Code of medical and sanitary regulations for the guidance of medical officers serving in the Madras Presidency - Volume I
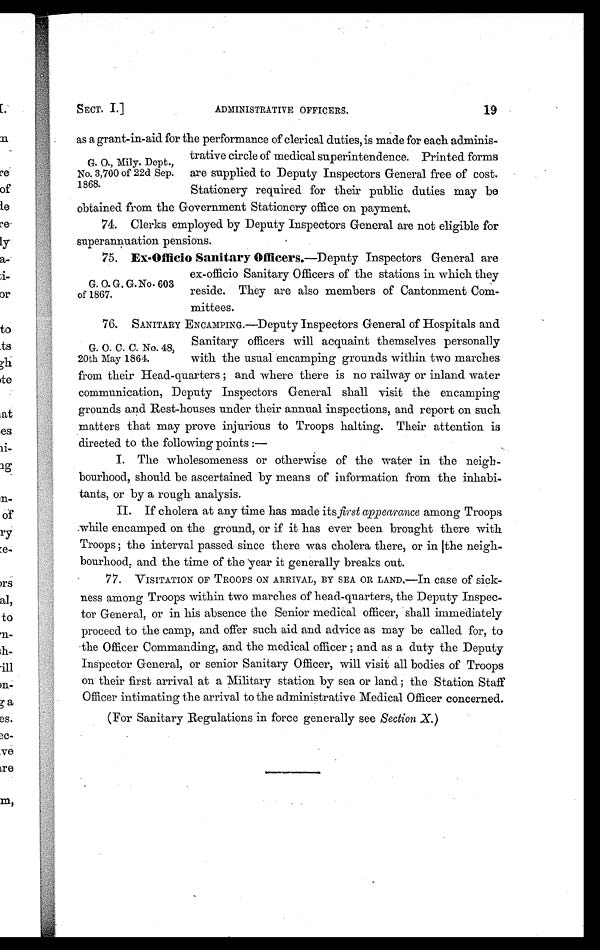
19
ADMINISTRATIVE OFFICERS.
SECT. I.]
as a grant-in-aid for the performance of clerical duties, is made for each adminis-
trative circle of medical superintendence. Printed forms
are supplied to Deputy Inspectors General free of cost.
Stationery required for their public duties may be
obtained from the Government Stationery office on payment.
74. Clerks employed by Deputy Inspectors General are not eligible for
superannuation pensions.
75. Ex-Officio Sanitary Officers.—Deputy Inspectors General are
ex-officio Sanitary Officers of the stations in which they
reside. They are also members of Cantonment Com-
m i t t e e s .
76. SANITARY ENCAMPING.—Deputy Inspectors General of Hospitals and
Sanitary officers will acquaint themselves personally
with the usual encamping grounds within two marches
from their Head-quarters; and where there is no railway or inland water
communication, Deputy Inspectors General shall visit the encamping
grounds and Rest-houses under their annual inspections, and report on such
matters that may prove injurious to Troops halting. Their attention is
directed to the following points:—
I. The wholesomeness or otherwise of the water in the neigh-
bourhood, should be ascertained by means of information from the inhabi-
tants, or by a rough analysis.
II.
If cholera at any time has made its first appearance among Troops
while encamped on the ground, or if it has ever been brought there with
Troops; the interval passed since there was cholera there, or in the neigh-
bourhood, and the time of the year it generally breaks out.
77. VISITATION OF TROOPS ON ARRIVAL, BY SEA OR LAND,—In case of sick-
ness among Troops within two marches of head-quarters, the Deputy Inspec-
tor General, or in his absence the Senior medical officer, shall immediately
proceed to the camp, and offer such aid and advice as may be called for, to
the Officer Commanding, and the medical officer; and as a duty the Deputy
Inspector General, or senior Sanitary Officer, will visit all bodies of Troops
on their first arrival at a Military station by sea or land; the Station Staff
Officer intimating the arrival to the administrative Medical Officer concerned.
(For Sanitary Regulations in force generally see Section X.)
G. 0., Mily. Dept.
No. 3,700 of 22d Sep
1868.
G. 0. G. G.No. 603
of 1867.
G. 0. C. C. No. 48,
20th May 1864.